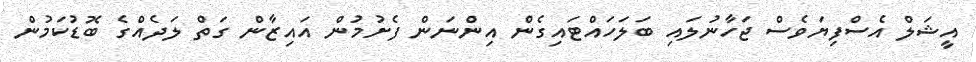
އީޝަލް އެސްފިޔަވެސް ޖަހާނުލައި ބަލަހައްޓައިގެން އިންނަން ފެށުމުން އައިޒާން ގަތް ލަދެއްގެ ބޮޑުކަމުން